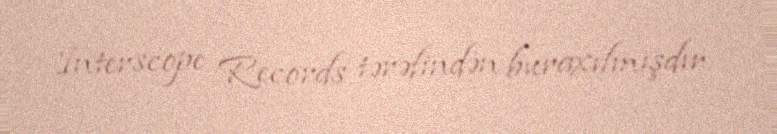
Interscope Records tərəfindən buraxılmışdır.